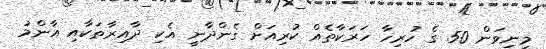
މިނިވަން 50 ގެ ހުރިހާ ހަރަކާތެއް ކުރިއަށް ގެންދާނީ އެކި ދާއިރާތަކާއި އާންމު